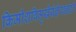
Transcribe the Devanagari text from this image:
किमीशविमुखैर्यज्ञैरवज्ञाद्दतै